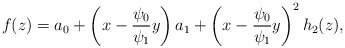
\begin{align*}f(z)= a_0 + \left( x - \frac{ \psi_0}{\psi_1} y \right) a_1 + \left( x - \frac{ \psi_0}{\psi_1} y \right)^2 h_2(z),\\\end{align*}